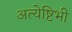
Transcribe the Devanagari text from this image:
अत्येष्टिभी